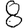
Digit: 8